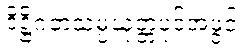
ဒိဋ္ဌိဂတသမ္ပယုတ္တံပုဒ်အဖွင့်